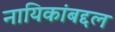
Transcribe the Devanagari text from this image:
नायिकांबद्दल